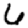
Digit: 6